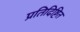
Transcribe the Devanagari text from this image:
प्रतिदिष्टित